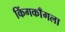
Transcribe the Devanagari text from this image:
किंगकाँगला